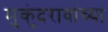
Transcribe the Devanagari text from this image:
मुकुंदरावांच्या